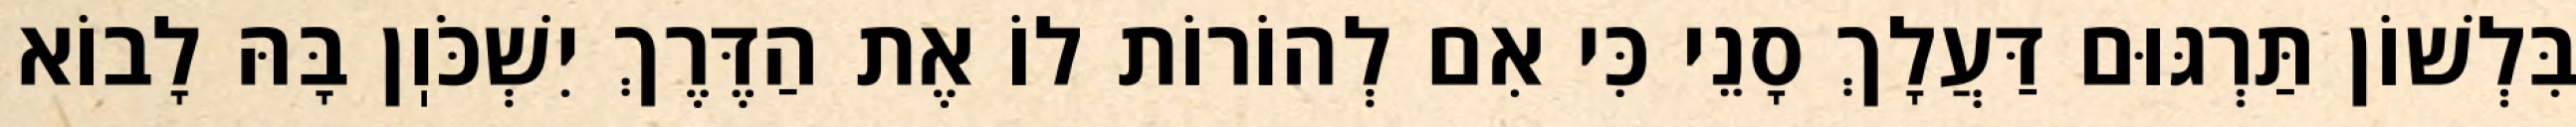
בִּלְשׁוֹן תַּרְגּוּם דַּעֲלָךְ סָנֵי כִּי אִם לְהוֹרוֹת לוֹ אֶת הַדֶּרֶךְ יִשְׁכֹּוֽן בָּהּ לָבוֹא